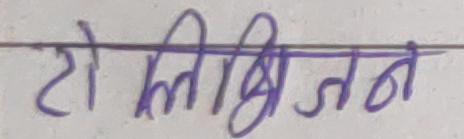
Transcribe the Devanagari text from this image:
टोलिभिजन